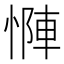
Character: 𫺶